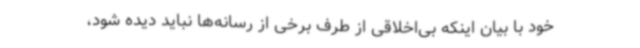
خود با بیان اینکه بی‌اخلاقی‌ از طرف برخی از رسانه‌ها نباید دیده شود،